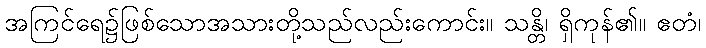
အကြင်ရေ၌ဖြစ်သောအသားတို့သည်လည်းကောင်း။ သန္တိ၊ ရှိကုန်၏။ ဧတံ၊